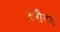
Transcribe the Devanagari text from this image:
डोरीलस